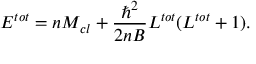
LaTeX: E ^ { t o t } = n M _ { c l } + \frac { \hbar ^ { 2 } } { 2 n B } L ^ { t o t } ( L ^ { t o t } + 1 ) .